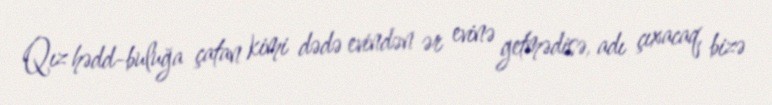
Qız hədd-buluğa çatan kimi dədə evindən ər evinə getmədisə, adı çıxacaq, bizə